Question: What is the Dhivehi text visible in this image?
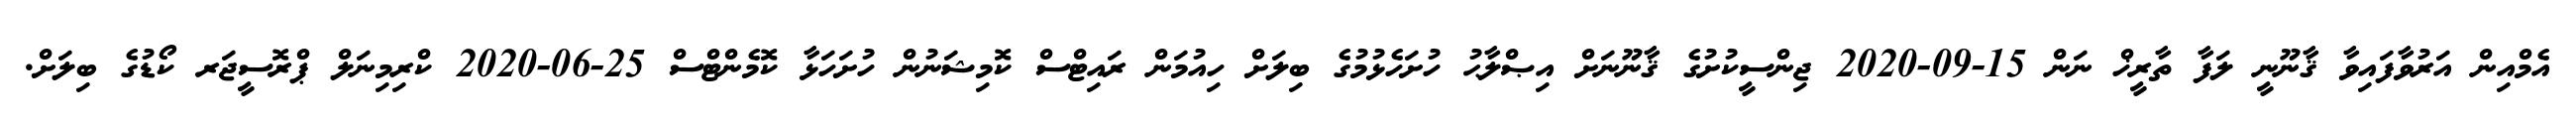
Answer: އެމްއިން އަރުވާފައިވާ ޤާނޫނީ ލަފާ ތާރީޚް ނަން 15-09-2020 ޖިންސީކުށުގެ ޤާނޫނަށް އިޞްލާޙު ހުށަހެޅުމުގެ ބިލަށް ހިއުމަން ރައިޓްސް ކޮމިޝަނުން ހުށަހަޅާ ކޮމެންޓްސް 25-06-2020 ކްރިމިނަލް ޕްރޮސީޖަރ ކޯޑުގެ ބިލަށް.